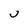
Character: U